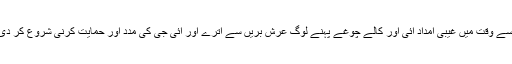
تاریخ میں یہ لکھا ہے کہ یہ شیطان قسم کے منتخب لوگ کامیاب ہو جاتے مگر ایسے وقت میں غیبی امداد آئی اور کالے چوغے پہنے لوگ عرش بریں سے اترے اور آئی جی کی مدد اور حمایت کرنی شروع کر دی بس پھر کیا تھا صوبے کی حکومت، عوامی حمایت کے باوجود بے بس ہو گئی۔